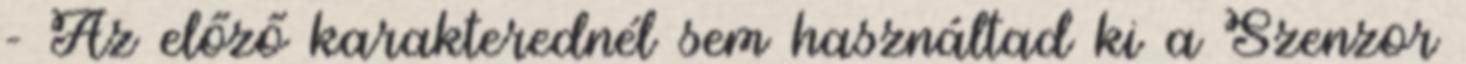
- Az előző karakterednél sem használtad ki a Szenzor